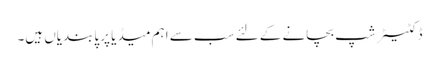
ڈکٹیٹر شپ بچانے کے لئے سب سے اہم میڈیا پر پابندیاں ہیں۔